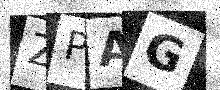
Text: ZPAG